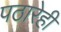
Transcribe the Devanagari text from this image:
पठारेही